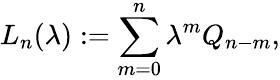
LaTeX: L_{n}(\lambda):=\sum_{m=0}^{n}\lambda^{m}Q_{n-m},